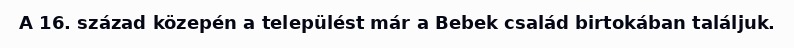
A 16. század közepén a települést már a Bebek család birtokában találjuk.